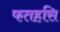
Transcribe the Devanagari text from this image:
फतहसि